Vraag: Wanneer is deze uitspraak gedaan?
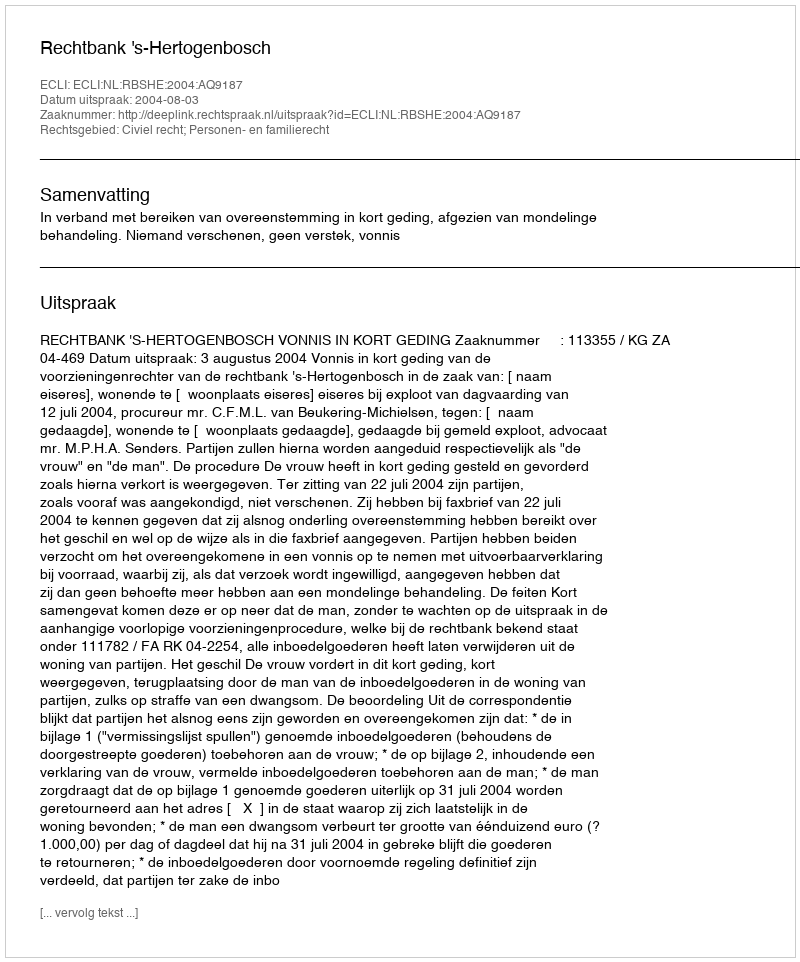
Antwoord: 2004-08-03